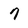
Character: 7